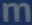
m